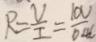
R = \frac { V } { I } = \frac { 1 0 V } { 0 . 4 6 }